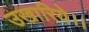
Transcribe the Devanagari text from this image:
उखारिये।।